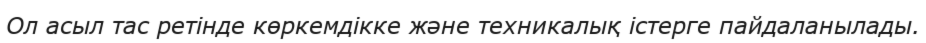
Ол асыл тас ретінде көркемдікке және техникалық істерге пайдаланылады.